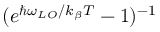
( e ^ { \hbar \omega _ { L O } / k _ { \beta } T } - 1 ) ^ { - 1 }